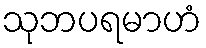
သုဘပရမာဟံ